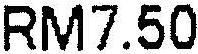
RM7.50